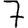
Digit: 7